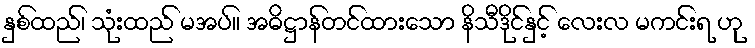
နှစ်ထည်၊ သုံးထည် မအပ်။ အဓိဋ္ဌာန်တင်ထားသော နိသီဒိုင်နှင့် လေးလ မကင်းရ ဟု